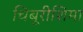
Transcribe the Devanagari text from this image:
चिबूरीशिमा